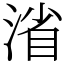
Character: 渻